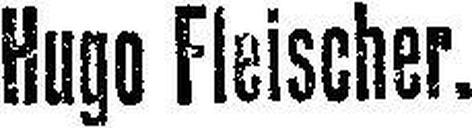
Hugo Fleischer.